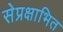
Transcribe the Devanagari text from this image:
सेप्रक्षाभित